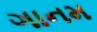
ગાનમ